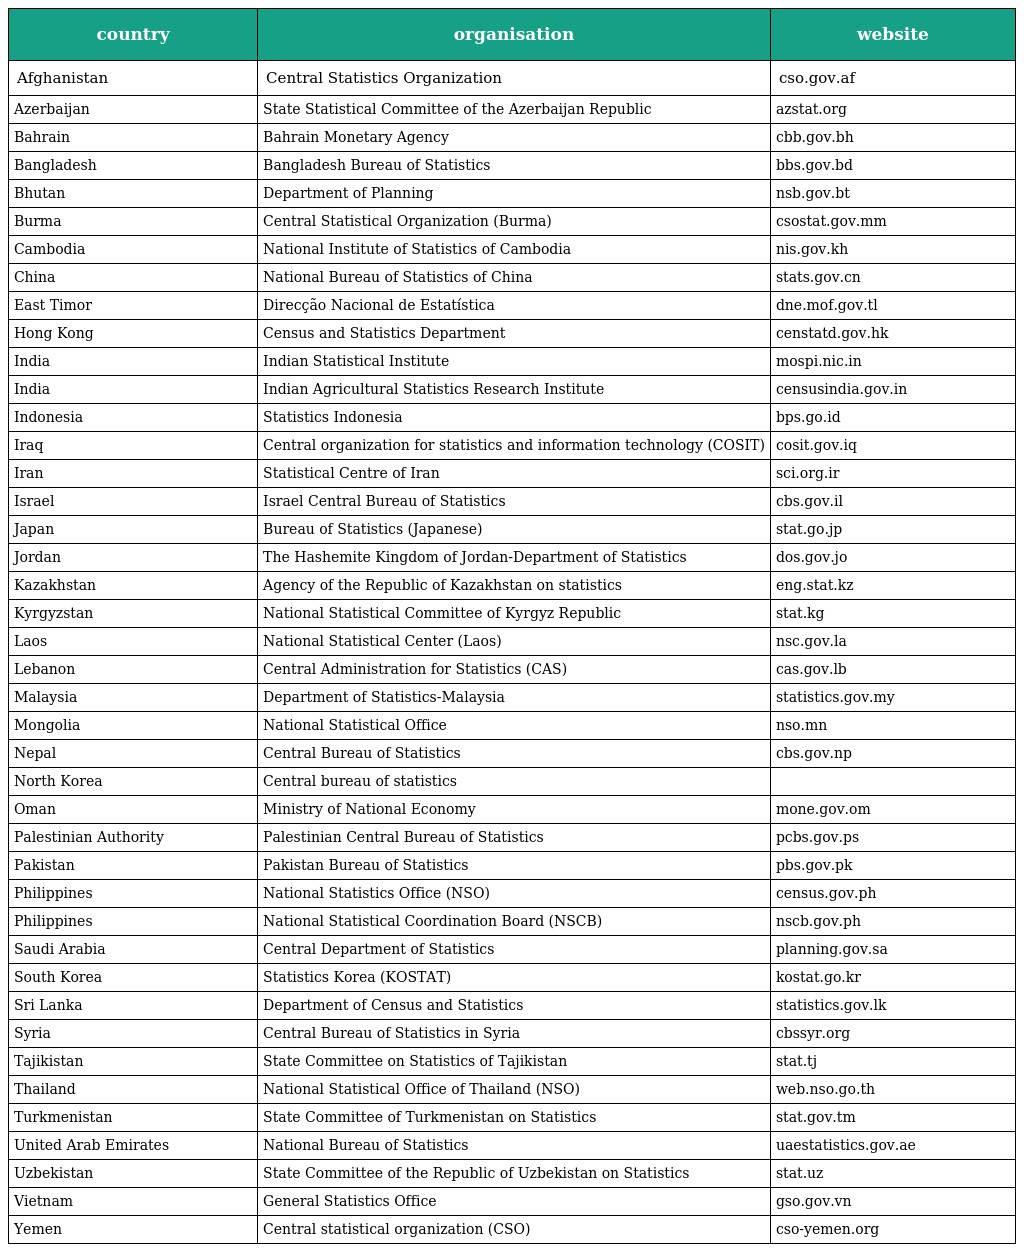
| country | organisation | website |
 | --- | --- | --- |
 | Afghanistan | Central Statistics Organization | cso.gov.af |
 | Azerbaijan | State Statistical Committee of the Azerbaijan Republic | azstat.org |
 | Bahrain | Bahrain Monetary Agency | cbb.gov.bh |
 | Bangladesh | Bangladesh Bureau of Statistics | bbs.gov.bd |
 | Bhutan | Department of Planning | nsb.gov.bt |
 | Burma | Central Statistical Organization (Burma) | csostat.gov.mm |
 | Cambodia | National Institute of Statistics of Cambodia | nis.gov.kh |
 | China | National Bureau of Statistics of China | stats.gov.cn |
 | East Timor | Direcção Nacional de Estatística | dne.mof.gov.tl |
 | Hong Kong | Census and Statistics Department | censtatd.gov.hk |
 | India | Indian Statistical Institute | mospi.nic.in |
 | India | Indian Agricultural Statistics Research Institute | censusindia.gov.in |
 | Indonesia | Statistics Indonesia | bps.go.id |
 | Iraq | Central organization for statistics and information technology (COSIT) | cosit.gov.iq |
 | Iran | Statistical Centre of Iran | sci.org.ir |
 | Israel | Israel Central Bureau of Statistics | cbs.gov.il |
 | Japan | Bureau of Statistics (Japanese) | stat.go.jp |
 | Jordan | The Hashemite Kingdom of Jordan-Department of Statistics | dos.gov.jo |
 | Kazakhstan | Agency of the Republic of Kazakhstan on statistics | eng.stat.kz |
 | Kyrgyzstan | National Statistical Committee of Kyrgyz Republic | stat.kg |
 | Laos | National Statistical Center (Laos) | nsc.gov.la |
 | Lebanon | Central Administration for Statistics (CAS) | cas.gov.lb |
 | Malaysia | Department of Statistics-Malaysia | statistics.gov.my |
 | Mongolia | National Statistical Office | nso.mn |
 | Nepal | Central Bureau of Statistics | cbs.gov.np |
 | North Korea | Central bureau of statistics |  |
 | Oman | Ministry of National Economy | mone.gov.om |
 | Palestinian Authority | Palestinian Central Bureau of Statistics | pcbs.gov.ps |
 | Pakistan | Pakistan Bureau of Statistics | pbs.gov.pk |
 | Philippines | National Statistics Office (NSO) | census.gov.ph |
 | Philippines | National Statistical Coordination Board (NSCB) | nscb.gov.ph |
 | Saudi Arabia | Central Department of Statistics | planning.gov.sa |
 | South Korea | Statistics Korea (KOSTAT) | kostat.go.kr |
 | Sri Lanka | Department of Census and Statistics | statistics.gov.lk |
 | Syria | Central Bureau of Statistics in Syria | cbssyr.org |
 | Tajikistan | State Committee on Statistics of Tajikistan | stat.tj |
 | Thailand | National Statistical Office of Thailand (NSO) | web.nso.go.th |
 | Turkmenistan | State Committee of Turkmenistan on Statistics | stat.gov.tm |
 | United Arab Emirates | National Bureau of Statistics | uaestatistics.gov.ae |
 | Uzbekistan | State Committee of the Republic of Uzbekistan on Statistics | stat.uz |
 | Vietnam | General Statistics Office | gso.gov.vn |
 | Yemen | Central statistical organization (CSO) | cso-yemen.org |